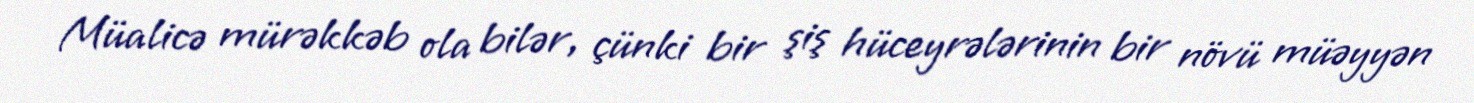
Müalicə mürəkkəb ola bilər, çünki bir şiş hüceyrələrinin bir növü müəyyən